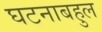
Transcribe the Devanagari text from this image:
घटनाबहुल